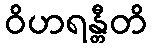
ဝိဟရန္တီတိ